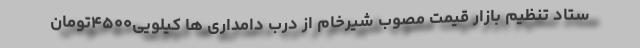
ستاد تنظیم بازار قیمت مصوب شیرخام از درب دامداری ها کیلویی۴۵۰۰تومان